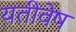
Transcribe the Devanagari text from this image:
यतीवेष